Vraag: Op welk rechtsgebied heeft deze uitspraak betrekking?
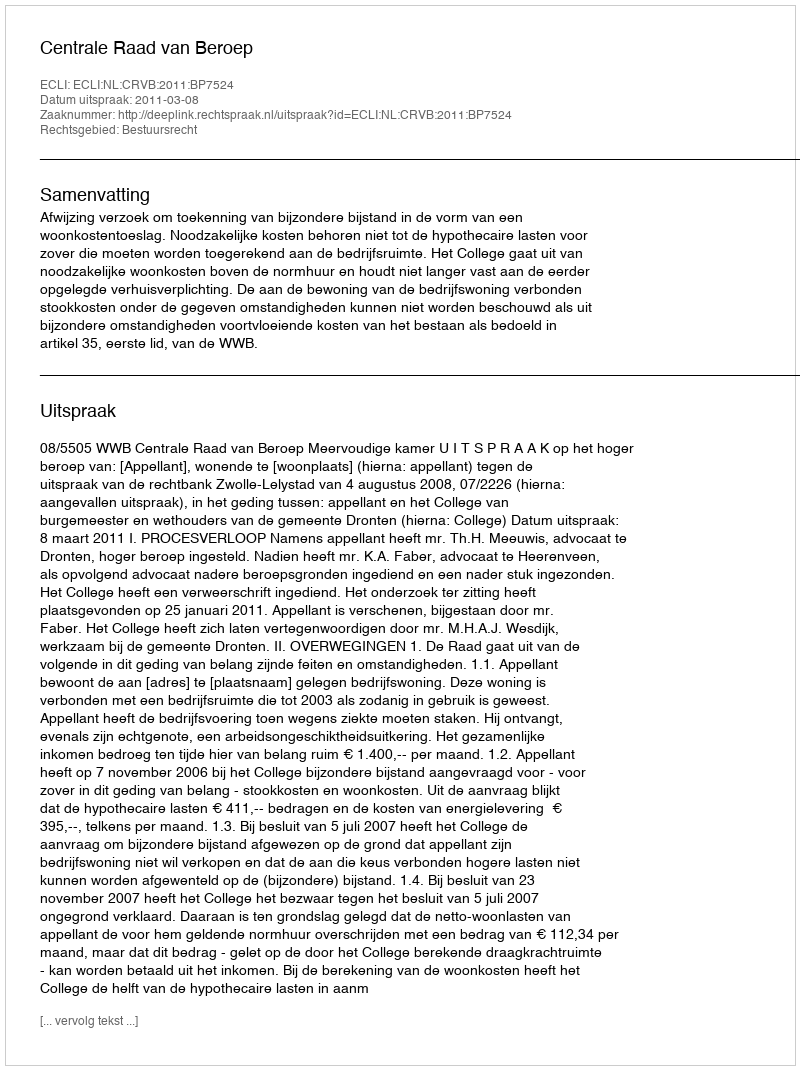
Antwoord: Bestuursrecht